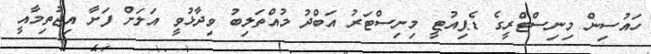
ހައުސިން މިނިސްޓްރީގެ ޑެޕިއުޓީ މިނިސްޓަރު އަބްދު މުއްތަލިބު ވިދާޅުވީ އަލަށް ފަށާ އިޖުތިމާއީ